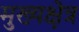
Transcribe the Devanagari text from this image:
मुख्यक्षेत्र